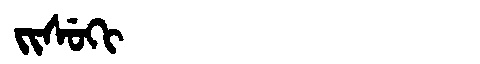
Manchu: ᠵᡳᠰᡠᡴᡳ
Romanization: JISUKI